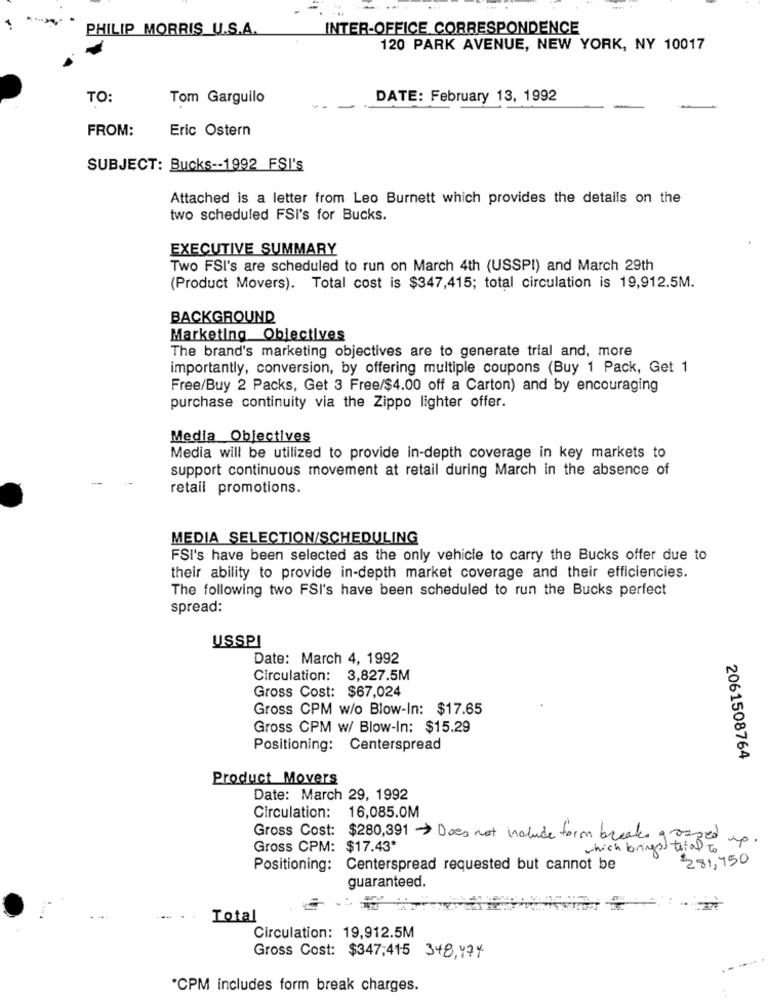
PHILIP MORRIS U.S.A.
INTER-OFFICE CORRESPONDENCE
120 PARK AVENUE, NEW YORK, NY 10017
TO:
Tom Garguilo
DATE: February 13, 1992
FROM:
Eric Ostern
SUBJECT: Bucks -- 1992 FSI's
Attached is a letter from Leo Burnett which provides the details on the
two scheduled FSI's for Bucks.
EXECUTIVE SUMMARY
Two FSI's are scheduled to run on March 4th (USSPI) and March 29th
(Product Movers). Total cost is $347,415; total circulation is 19,912.5M.
BACKGROUND
Marketing Objectives
The brand's marketing objectives are to generate trial and, more
importantly, conversion, by offering multiple coupons (Buy 1 Pack, Get 1
Free/Buy 2 Packs, Get 3 Free/$4.00 off a Carton) and by encouraging
purchase continuity via the Zippo lighter offer.
Media Objectives
Media will be utilized to provide in-depth coverage in key markets to
support continuous movement at retail during March in the absence of
retail promotions.
MEDIA SELECTION/SCHEDULING
FSI's have been selected as the only vehicle to carry the Bucks offer due to
their ability to provide in-depth market coverage and their efficiencies.
The following two FSI's have been scheduled to run the Bucks perfect
spread:
USSPI
Date: March 4, 1992
Circulation: 3,827.5M
Gross Cost: $67,024
Gross CPM w/o Blow-In: $17.65
Gross CPM w/ Blow-In: $15.29
Positioning: Centerspread
2061508764
Product Movers
Date: March 29, 1992
Circulation: 16,085.0M
Gross Cost: $280,391 > Does not include form breaks gorged.
Gross CPM: $17.43*
which brings total to
281,750
Positioning: Centerspread requested but cannot be
guaranteed.
Total
Circulation: 19,912.5M
Gross Cost: $347;415 348,47%
*CPM includes form break charges.